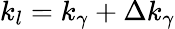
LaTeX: k_{l}=k_{\gamma}+\Delta k_{\gamma}